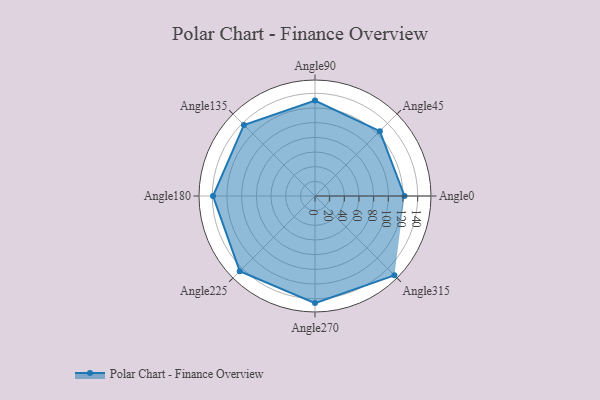
{"axis": {"x": "Angle", "y": "Radius"}, "legend": [""], "data": [{"x": "Angle0", "y": 122.0, "type": ""}, {"x": "Angle45", "y": 125.0, "type": ""}, {"x": "Angle90", "y": 130.0, "type": ""}, {"x": "Angle135", "y": 137.0, "type": ""}, {"x": "Angle180", "y": 139.0, "type": ""}, {"x": "Angle225", "y": 145.0, "type": ""}, {"x": "Angle270", "y": 146.0, "type": ""}, {"x": "Angle315", "y": 153.0, "type": ""}]}